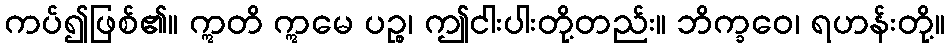
ကပ်၍ဖြစ်၏။ ဣတိ ဣမေ ပဉ္စ၊ ဤငါးပါးတို့တည်း။ ဘိက္ခဝေ၊ ရဟန်းတို့။